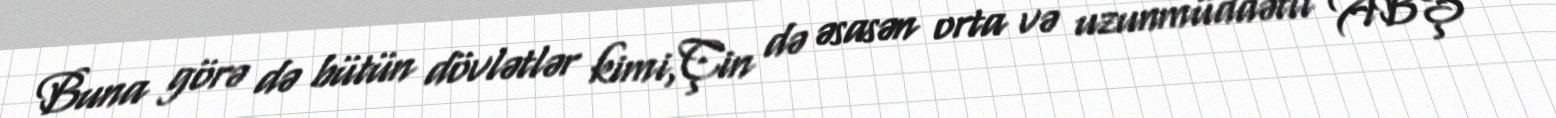
Buna görə də bütün dövlətlər kimi,Çin də əsasən orta və uzunmüddətli ABŞ